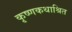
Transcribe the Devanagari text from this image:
कृष्णकथाश्रित